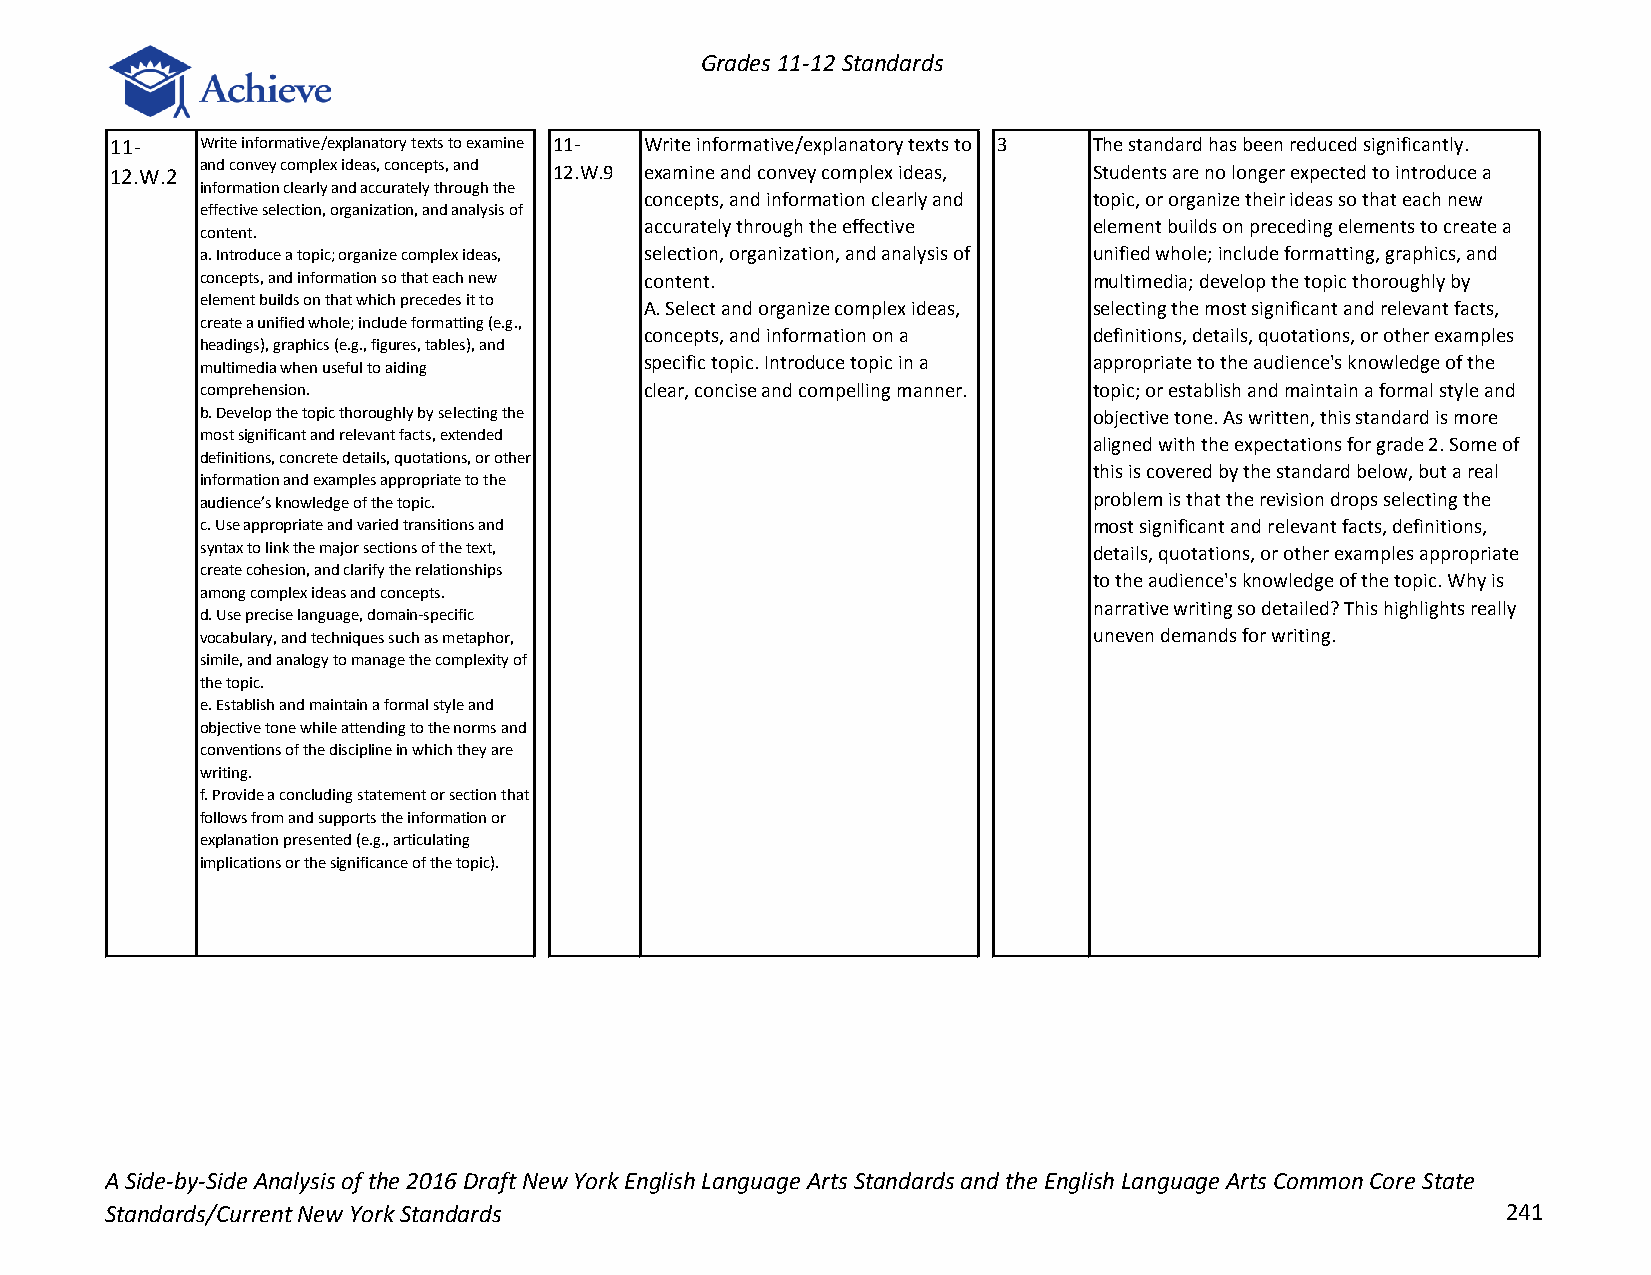
Grades 11-12 Standards
 11-   Write informative/explanatory texts to examine 11- Write informative/explanatory texts to 3 The standard has been reduced significantly.
 12.W.2 and convey complex ideas, concepts, and 12.W.9 examine and convey complex ideas, Students are no longer expected to introduce a
 information clearly and accurately through the
 concepts, and information clearly and topic, or organize their ideas so that each new
 effective selection, organization, and analysis of
 accurately through the effective element builds on preceding elements to create a
 content.
 a. Introduce a topic; organize complex ideas, selection, organization, and analysis of unified whole; include formatting, graphics, and
 concepts, and information so that each new content.        multimedia; develop the topic thoroughly by
 element builds on that which precedes it to
 A. Select and organize complex ideas, selecting the most significant and relevant facts,
 create a unified whole; include formatting (e.g.,
 concepts, and information on a definitions, details, quotations, or other examples
 headings), graphics (e.g., figures, tables), and
 multimedia when useful to aiding specific topic. Introduce topic in a appropriate to the audience's knowledge of the
 comprehension.                clear, concise and compelling manner. topic; or establish and maintain a formal style and
 b. Develop the topic thoroughly by selecting the           objective tone. As written, this standard is more
 most significant and relevant facts, extended
 aligned with the expectations for grade 2. Some of
 definitions, concrete details, quotations, or other
 this is covered by the standard below, but a real
 information and examples appropriate to the
 audience’s knowledge of the topic.                         problem is that the revision drops selecting the
 c. Use appropriate and varied transitions and              most significant and relevant facts, definitions,
 syntax to link the major sections of the text,             details, quotations, or other examples appropriate
 create cohesion, and clarify the relationships
 to the audience's knowledge of the topic. Why is
 among complex ideas and concepts.
 narrative writing so detailed? This highlights really
 d. Use precise language, domain‐specific
 vocabulary, and techniques such as metaphor,               uneven demands for writing.
 simile, and analogy to manage the complexity of
 the topic.
 e. Establish and maintain a formal style and
 objective tone while attending to the norms and
 conventions of the discipline in which they are
 writing.
 f. Provide a concluding statement or section that
 follows from and supports the information or
 explanation presented (e.g., articulating
 implications or the significance of the topic).
 A Side-by-Side Analysis of the 2016 Draft New York English Language Arts Standards and the English Language Arts Common Core State
 Standards/Current New York Standards                                                         241